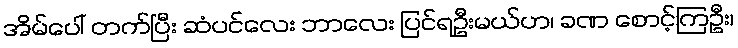
အိမ်ပေါ် တက်ပြီး ဆံပင်လေး ဘာလေး ပြင်ရဦးမယ်ဟ၊ ခဏ စောင့်ကြဦး၊